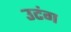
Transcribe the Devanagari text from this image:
उटंग